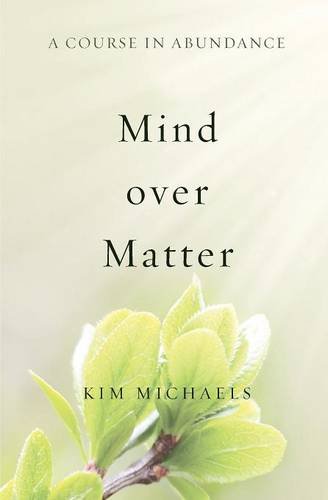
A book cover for A Course in Abundance: Mind over Matter; Kim Michaels; Religion & Spirituality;